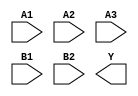
module sky130_fd_sc_hs__o32ai (
    //# {{data|Data Signals}}
    input  A1,
    input  A2,
    input  A3,
    input  B1,
    input  B2,
    output Y
);

    // Voltage supply signals
    supply1 VPWR;
    supply0 VGND;

endmodule